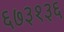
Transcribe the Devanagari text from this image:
६७३१३६